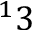
^ 1 3